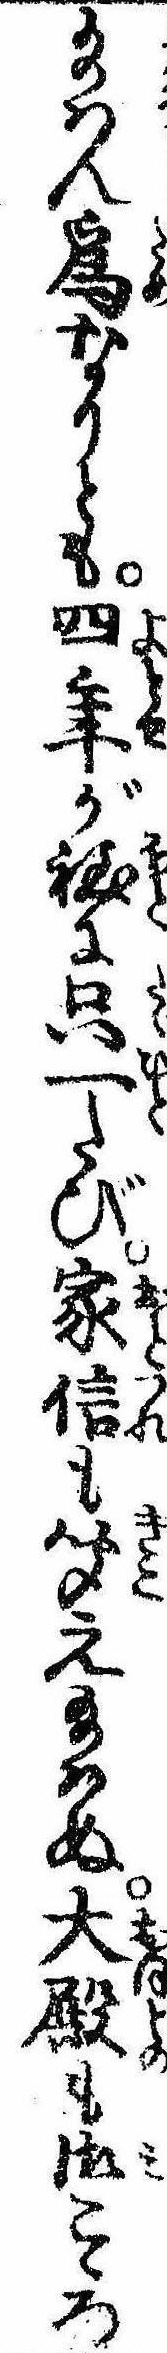
給はん為なりとも四年が程に只一たび家信も聞え給はぬ大殿の御こゝろ